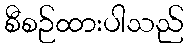
စီစဉ်ထားပါသည်